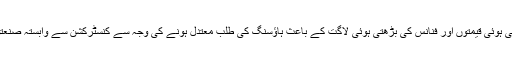
علاوہ ازیں تعمیراتی سامان کی بڑھتی ہوئی قیمتوں اور فنانس کی بڑھتی ہوئی لاگت کے باعث ہاؤسنگ کی طلب معتدل ہونے کی وجہ سے کنسٹرکشن سے وابستہ صنعتوں میں یہ اثرات زیاددہ نمایاں تھے۔